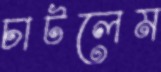
চাটলেম